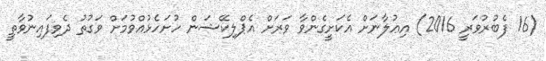
(16 ފެބުރުވަރީ 2016) އިޢުލާނަށް އެކަށީގެންވާ ވަރަށް އެޕްލިކޭޝަން ހުށަހެޅުއްވުމަށް ވަގުތު ދެވިފައިނުވާތީ